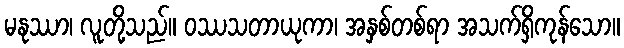
မနုဿာ၊ လူတို့သည်။ ဝဿသတာယုကာ၊ အနှစ်တစ်ရာ အသက်ရှိကုန်သော။